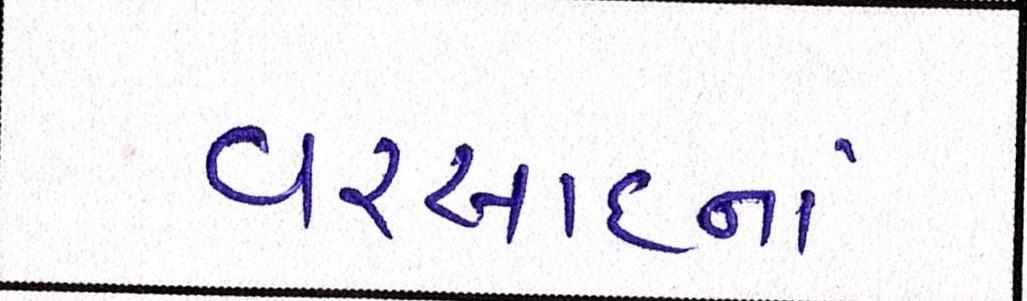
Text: વરસાદનાં